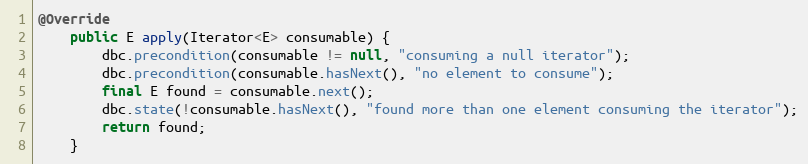
Language: Java
@Override
    public E apply(Iterator<E> consumable) {
        dbc.precondition(consumable != null, "consuming a null iterator");
        dbc.precondition(consumable.hasNext(), "no element to consume");
        final E found = consumable.next();
        dbc.state(!consumable.hasNext(), "found more than one element consuming the iterator");
        return found;
    }